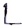
Text: L